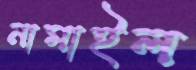
নামাইল